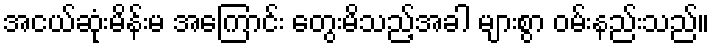
အငယ်ဆုံးမိန်းမ အကြောင်း တွေးမိသည့်အခါ များစွာ ဝမ်းနည်းသည်။